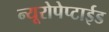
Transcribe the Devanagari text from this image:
न्यूरोपेप्टाईड